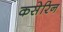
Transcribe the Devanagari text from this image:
कसेरिन